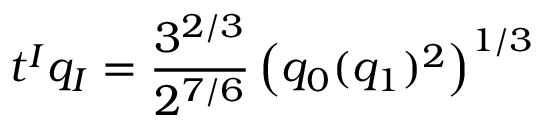
t ^ { I } q _ { I } = { \frac { 3 ^ { 2 / 3 } } { 2 ^ { 7 / 6 } } } \left( q _ { 0 } ( q _ { 1 } ) ^ { 2 } \right) ^ { 1 / 3 }